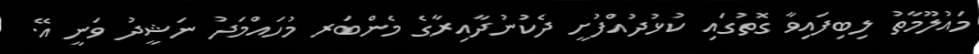
މައުލޫމާތު ލިބިފައިވާ ގޮތުގައި ކުޅުދުއްފުށީ ދެކުނުދާއިރާގެ މެންބަރ މުހައްމަދު ނަޝީދު ވަނީ އޭ.